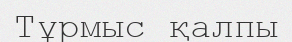
Тұрмыс қалпы